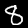
Digit: 8